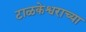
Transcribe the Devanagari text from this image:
टाळकेश्वराच्या